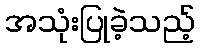
အသုံးပြုခဲ့သည့်